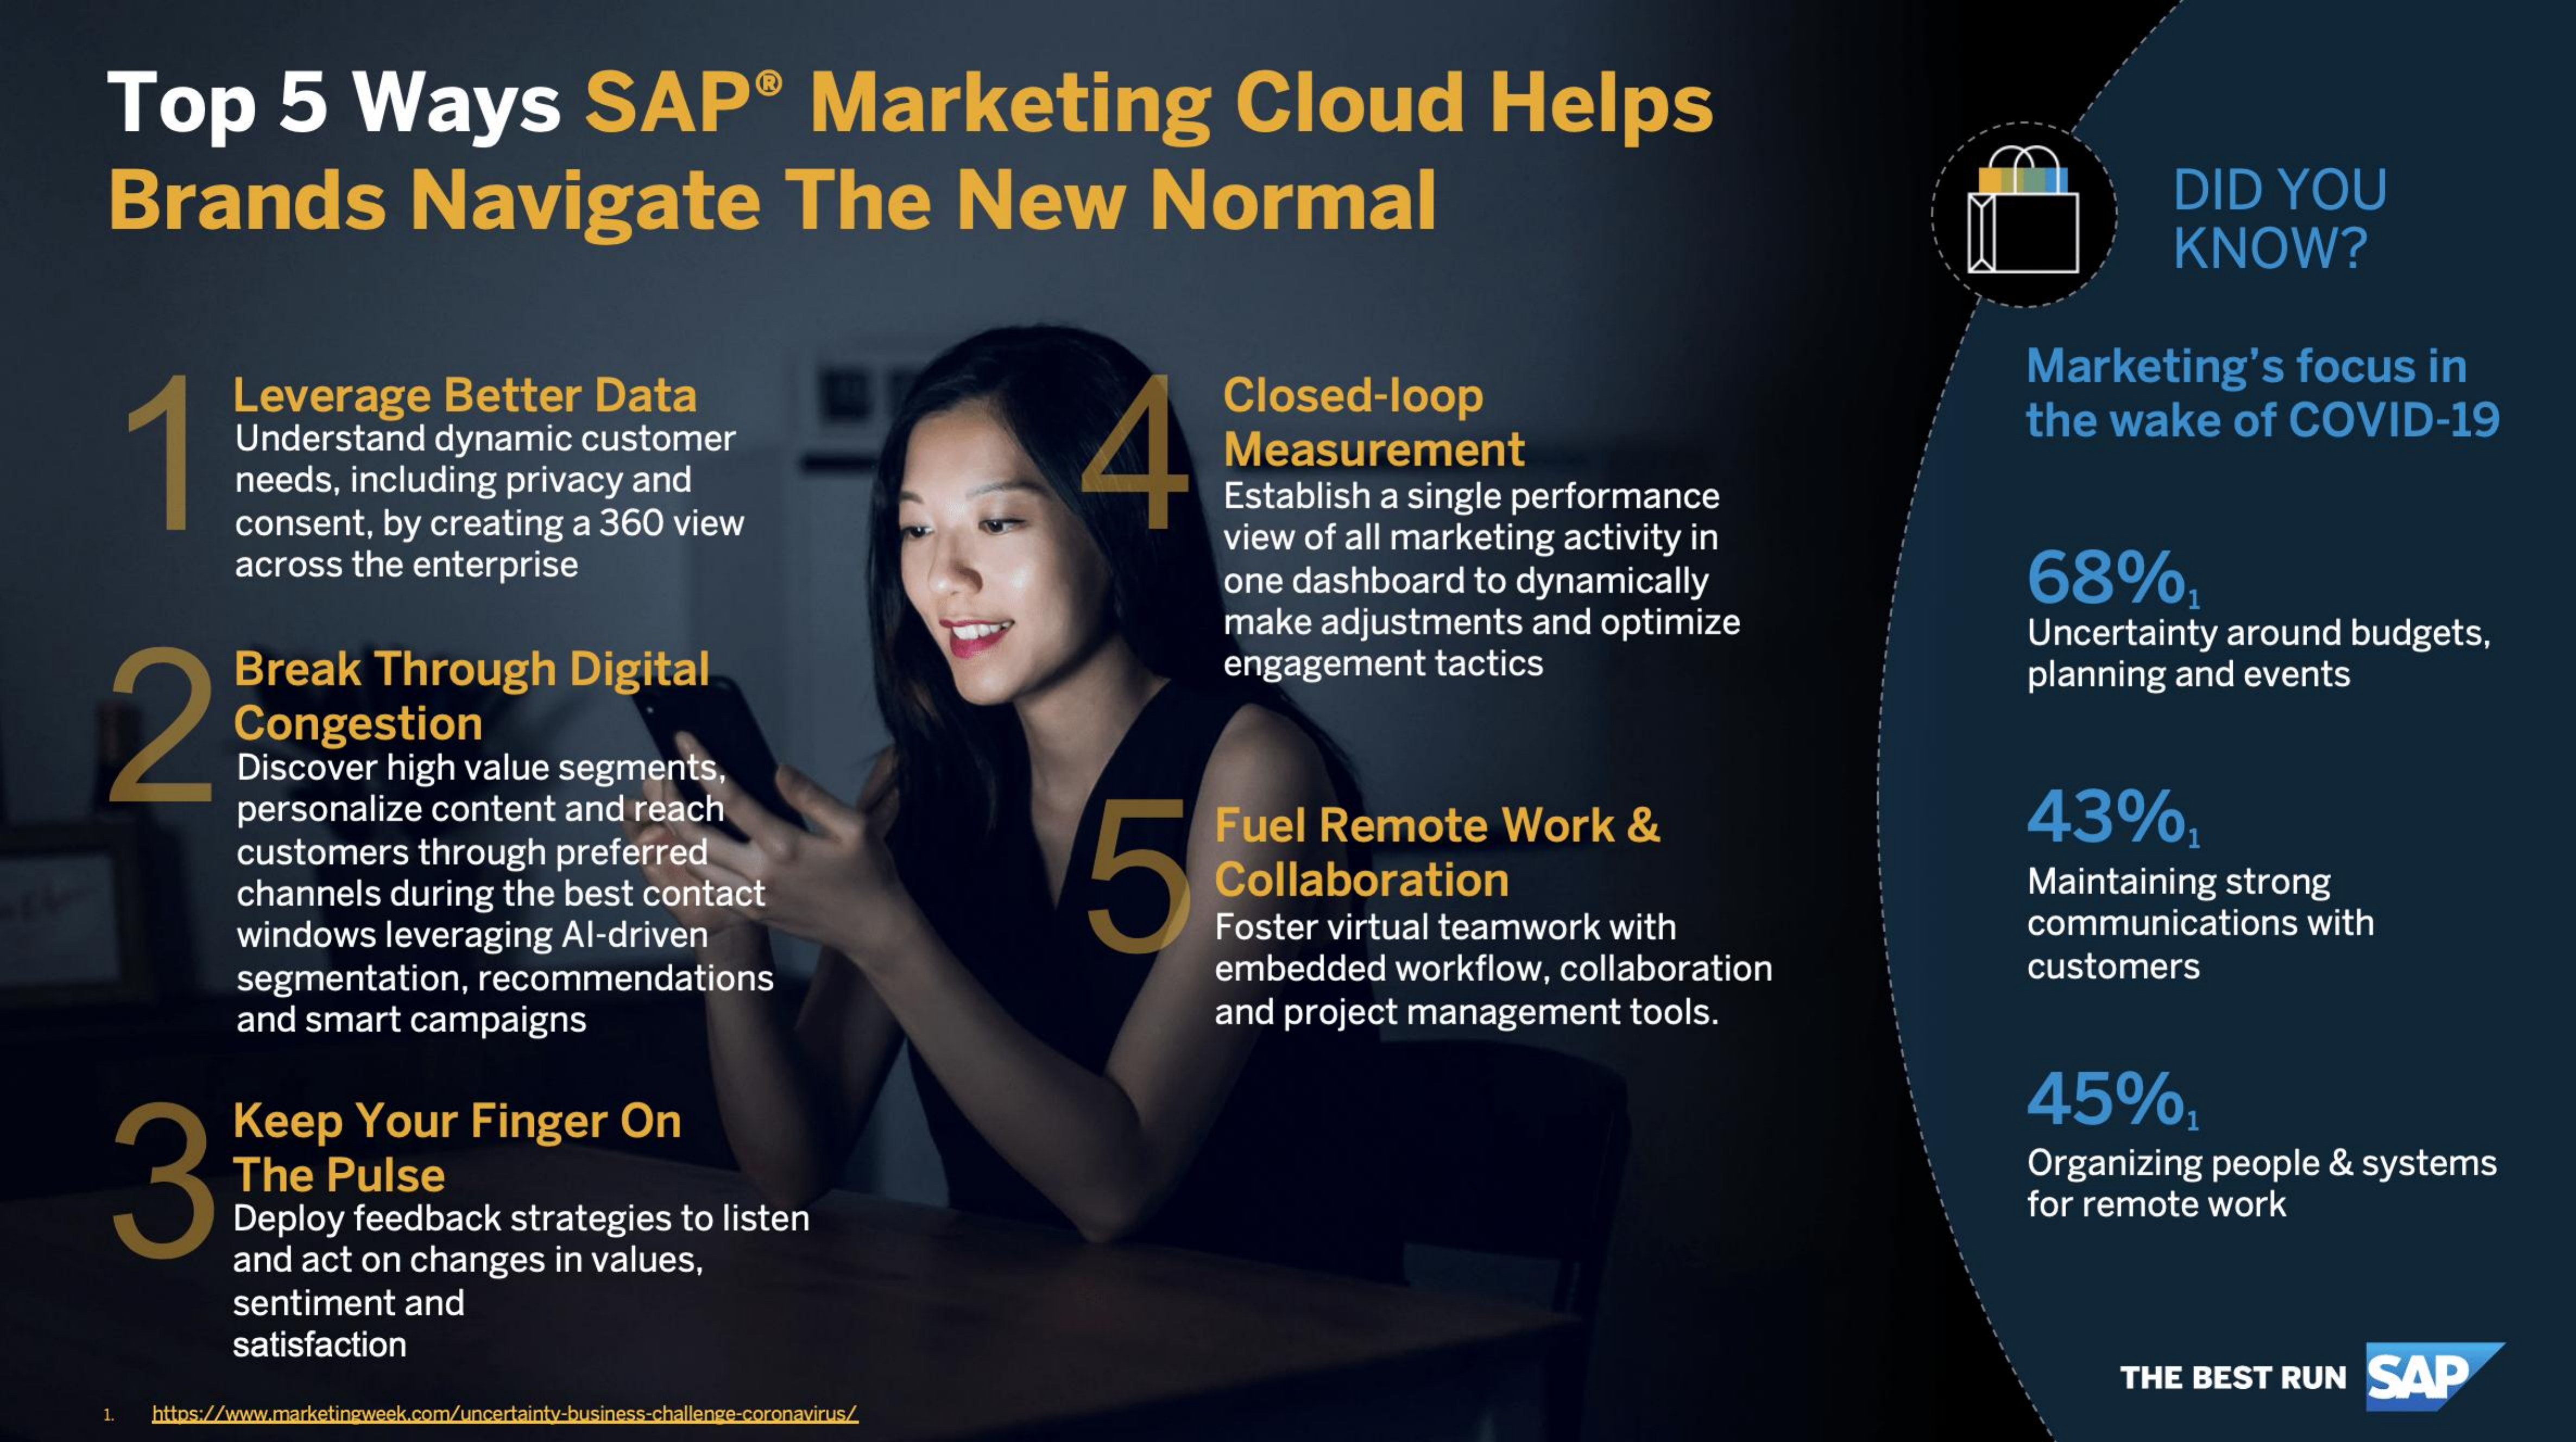
Top    5    Ways    SAP®    Marketing    Cloud    Helps
     Brands    Navigate    The    New    Normal    DID    YOU
     KNOW?
     Leverage    Better    Data
     4
     Closed-loop
     Marketing's    focus    in
     Understand    dynamic    customer    the    wake    of    COVID-19
     needs,    including    privacy    and
     Measurement
     consent,    by   creating    a  360    view
     Establish    a  single    performance
     across    the    enterprise
     view    of   all marketing    activity    in
     one    dashboard    to  dynamically    68%,
     make    adjustments    and    optimize
     Break    Through    Digital    engagement    tactics
     Uncertainty    around    budgets,
     planning    and    events
     Discover    high    value    segments,
     personalize    content    and    reach
     5
     Fuel    Remote    Work    &    43%1
     customers    through    preferred
     channels    during    the   best    contact    Collaboration    Maintaining    strong
     windows    leveraging    Al-driven    Foster    virtual    teamwork    with    communications    with
     segmentation,    recommendations    embedded    workflow,    collaboration    customers
     and    smart    campaigns    and    project    management    tools.
     3    ===
     Keep    Your    Finger    On
     45%,
     Organizing    people    &  systems
     Deploy    feedback    strategies    to  listen    for  remote    work
     and    act   on   changes    in  values,
     sentiment    and
     satisfaction
     THE    BEST    RUN    SAP
     https://www.marketingweek.com/uncertainty-business-challenge-coronavirus/